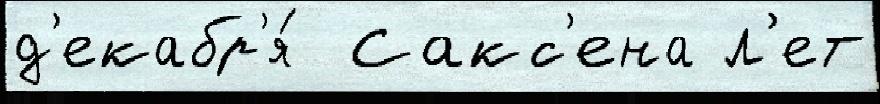
д'екабр'я́  Сакс'ена л'ет